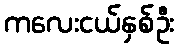
ကလေးငယ်နှစ်ဦး